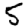
Digit: 5